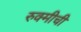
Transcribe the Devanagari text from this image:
रुक्मीची